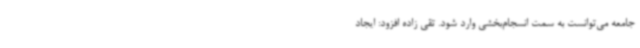
جامعه می‌توانست به سمت انسجام‌بخشی وارد شود. تقی زاده افزود: ایجاد